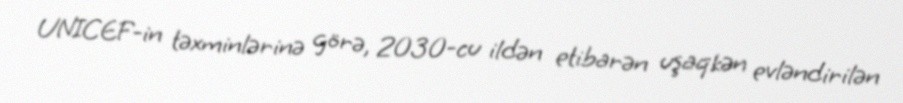
UNICEF-in təxminlərinə görə, 2030-cu ildən etibarən uşaqkən evləndirilən